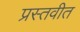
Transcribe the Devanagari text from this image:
प्रस्तवीत